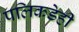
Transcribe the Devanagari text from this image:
पलिकडेही